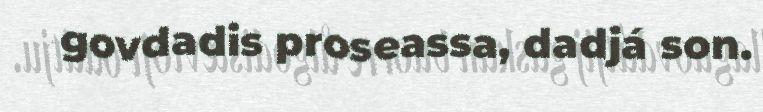
govdadis proseassa, dadjá son.